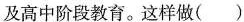
及高中阶段教育。这样做( )